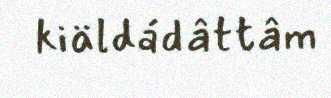
kiäldádâttâm